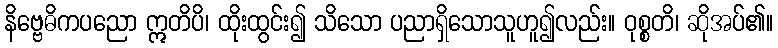
နိဗ္ဗေဓိကပညော ဣတိပိ၊ ထိုးထွင်း၍ သိသော ပညာရှိသောသူဟူ၍လည်း။ ဝုစ္စတိ၊ ဆိုအပ်၏။